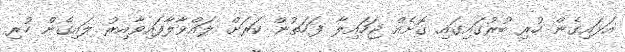
އަޅައިގެން ހުރި ބުރުގައިގައި ގޮށެއް ޖަހައިލާ ފަހަތުން ކަރަށް ލައްވާލާފައިވާއިރު ލައިގެން ހުރި